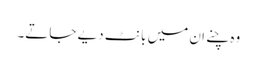
وہ چنے ان میں بانٹ دیے جاتے۔